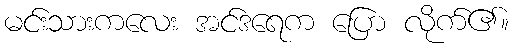
မင်းသားကလေး အင်ဒရေက ပြော လိုက်၏။